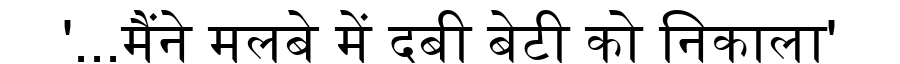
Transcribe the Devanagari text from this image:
'...मैंने मलबे में दबी बेटी को निकाला'